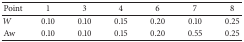
| Point | 1 | 3 | 4 | 6 | 7 | 8 |
 | --- | --- | --- | --- | --- | --- | --- |
 | W | 0.10 | 0.10 | 0.15 | 0.20 | 0.10 | 0.25 |
 | Aw | 0.10 | 0.10 | 0.15 | 0.20 | 0.55 | 0.25 |